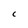
Character: C